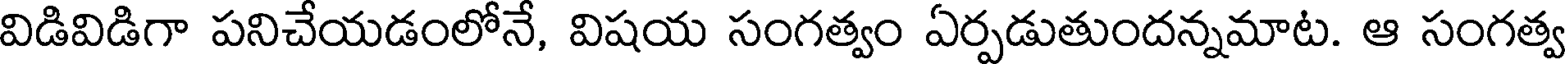
విడివిడిగా పనిచేయడంలోనే, విషయ సంగత్వం ఏర్పడుతుందన్నమాట. ఆ సంగత్వ